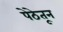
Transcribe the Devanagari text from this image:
पेठेतून